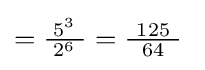
={\tfrac {\;5^{3}\ }{\;2^{6}\ }}={\tfrac {\ 125\ }{64}}\